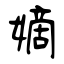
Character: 嫡